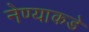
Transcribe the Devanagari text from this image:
नेण्याकडे